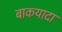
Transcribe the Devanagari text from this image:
बाकयादा